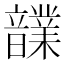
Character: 𩑃